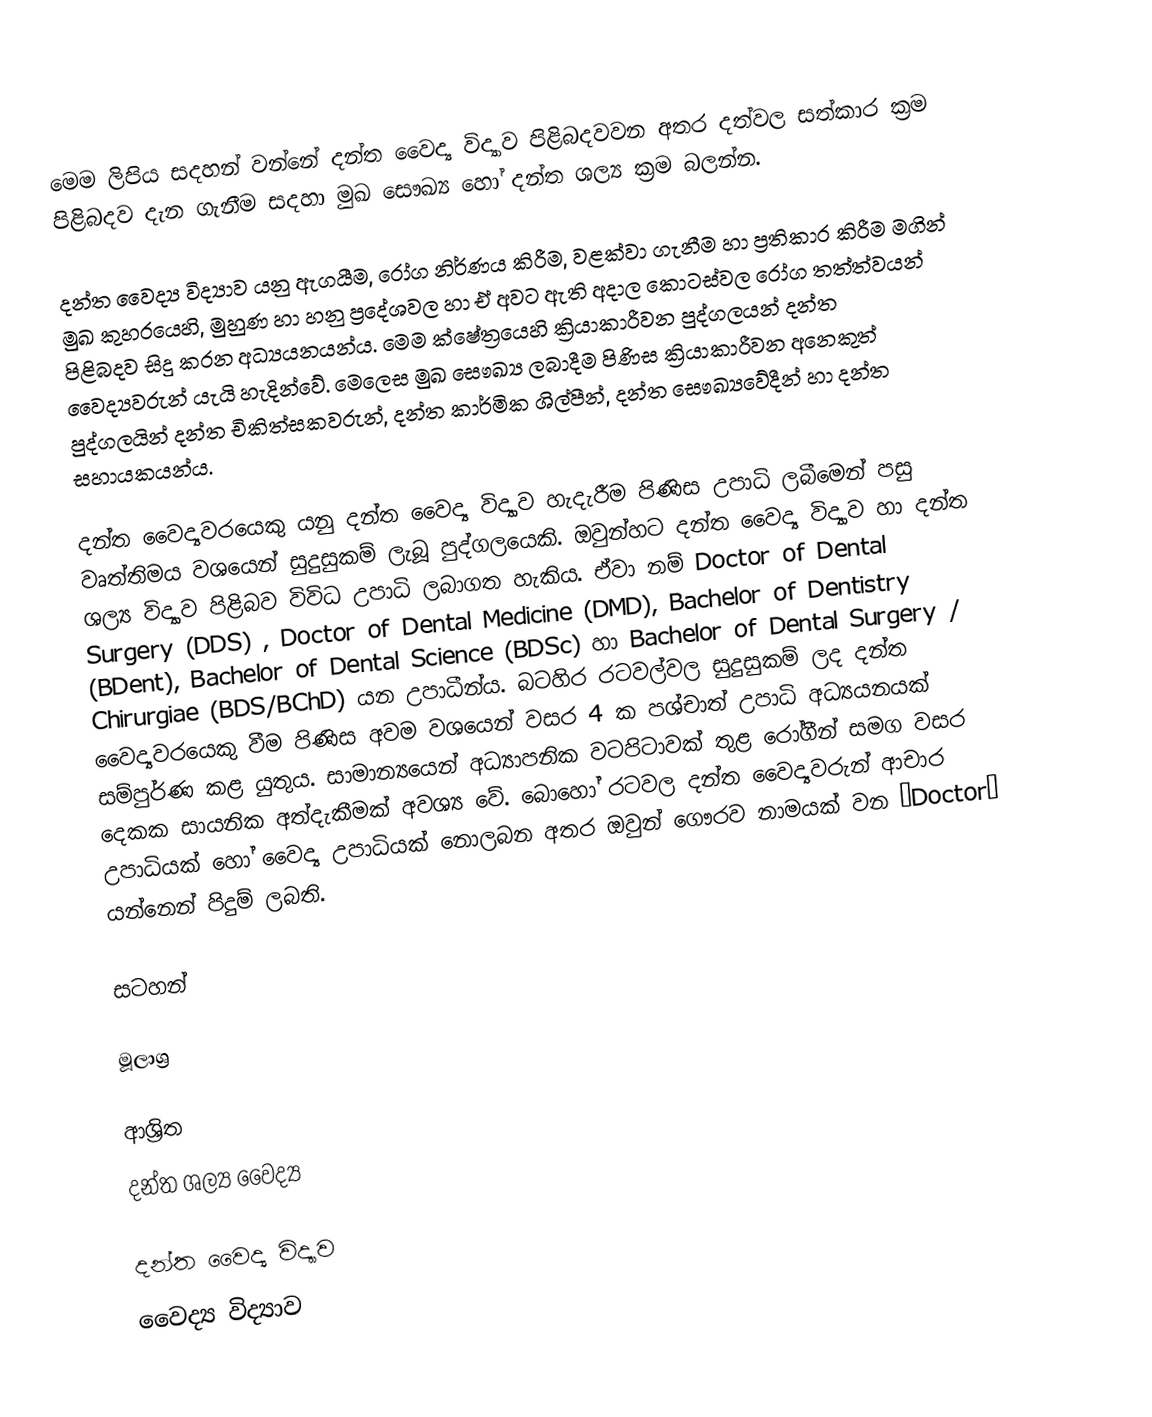
මෙම ලිපිය සදහන් වන්නේ දන්ත වෛද්‍ය විද්‍යාව පිළිබදවවන අතර දත්වල සත්කාර ක්‍රම පිළිබදව දැන ගැනීම සදහා මුඛ සෞඛ්‍ය හෝ දන්ත  ශල්‍ය ක්‍රම බලන්න.

දන්ත වෛද්‍ය විද්‍යාව යනු ඇගයීම, රෝග නිර්ණය කිරීම, වළක්වා ගැනීම හා ප්‍රතිකාර කිරීම මගින් මුඛ කුහ‍රයෙහි, මුහුණ හා හනු ප්‍රදේශවල හා ඒ අවට ඇති අදාල කොටස්වල රෝග තත්ත්වයන් පිළිබදව සිදු කරන අධ්‍යයනයන්ය. මෙම ක්ෂේත්‍රයෙහි ක්‍රියාකාරීවන පුද්ගලයන් දන්ත වෛද්‍යවරුන් යැයි හැදින්වේ. මෙලෙස මුඛ සෞඛ්‍ය ලබාදීම පිණිස ක්‍රියාකාරීවන අනෙකුත් පුද්ගලයින් දන්ත චිකිත්සකවරුන්, දන්ත කාර්මික ශිල්පීන්, දන්ත සෞඛ්‍යවේදීන් හා දන්ත සහායකයන්ය.

දන්ත වෛද්‍යවරයෙකු යනු දන්ත වෛද්‍ය විද්‍යාව හැදැරීම පිණිස උපාධි ලබීමෙන් පසු වෘත්තිමය වශයෙන් සුදුසුකම් ලැබූ පුද්ගලයෙකි. ඔවුන්හට දන්ත වෛද්‍ය විද්‍යාව හා දන්ත ශල්‍ය විද්‍යාව පිළිබව විවිධ උපාධි ලබාගත හැකිය. ඒවා නම් Doctor of Dental Surgery (DDS) , Doctor of Dental Medicine (DMD), Bachelor of Dentistry (BDent), Bachelor of Dental Science (BDSc)  හා Bachelor of Dental Surgery  / Chirurgiae (BDS/BChD) යන උපාධීන්ය. බටහිර රටවල්වල සුදුසුකම් ලද දන්ත වෛද්‍යවරයෙකු වීම පිණිස අවම වශයෙන් වසර 4 ක පශ්චාත් උපාධි අධ්‍යයනයක් සම්පුර්ණ කළ යුතුය. සාමාන්‍යයෙන්  අධ්‍යාපනික වටපිටාවක් තුළ රෝගීන් සමග වසර දෙකක සායනික අත්දැකීමක් අවශ්‍ය වේ. බොහෝ රටවල දන්ත වෛද්‍යවරුන් ආචාර උපාධියක් හෝ වෛද්‍ය උපාධියක් නොලබන අතර ඔවුන් ගෞරව නාමයක් වන “Doctor”  යන්නෙන් පිදුම් ලබති.

සටහන්

මූලාශ්‍ර

ආශ්‍රිත
 දන්ත ශල්‍ය වෛද්‍ය

දන්ත වෛද්‍ය විද්‍යාව
වෛද්‍ය විද්‍යාව